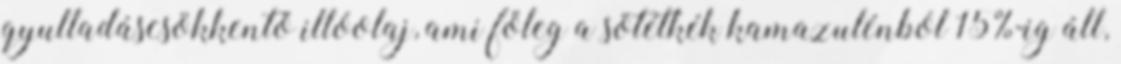
gyulladáscsökkentő illóolaj, ami főleg a sötétkék kamazulénból 15%-ig áll,